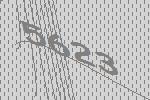
5623